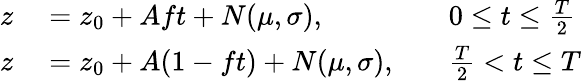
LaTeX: \begin{array}{rlrl}{z}&{{}=z_{0}+Aft+N(\mu,\sigma),}&{}&{{}0\leq t\leq\frac{T}{2}}\\ {z}&{{}=z_{0}+A(1-ft)+N(\mu,\sigma),}&{}&{{}\frac{T}{2}<t\leq T}\end{array}